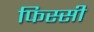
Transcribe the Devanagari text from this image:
फिस्सी